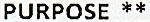
PURPOSE **